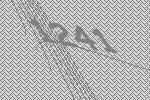
1241